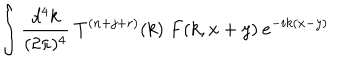
\int \frac { d ^ { 4 } k } { ( 2 \pi ) ^ { 4 } } \: T ^ { ( n + j + r ) } ( k ) \; F ( k , x + y ) \: e ^ { - i k ( x - y ) }